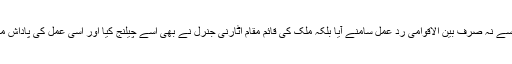
نو منتخب امریکی صدر کی اس پالیسی سے نہ صرف بین الاقوامی ردِ عمل سامنے آیا بلکہ ملک کی قائم مقام اٹارنی جنرل نے بھی اسے چیلنج کیا اور اسی عمل کی پاداش میں انہیں عہدے سے برطرف کر دیا گیا۔